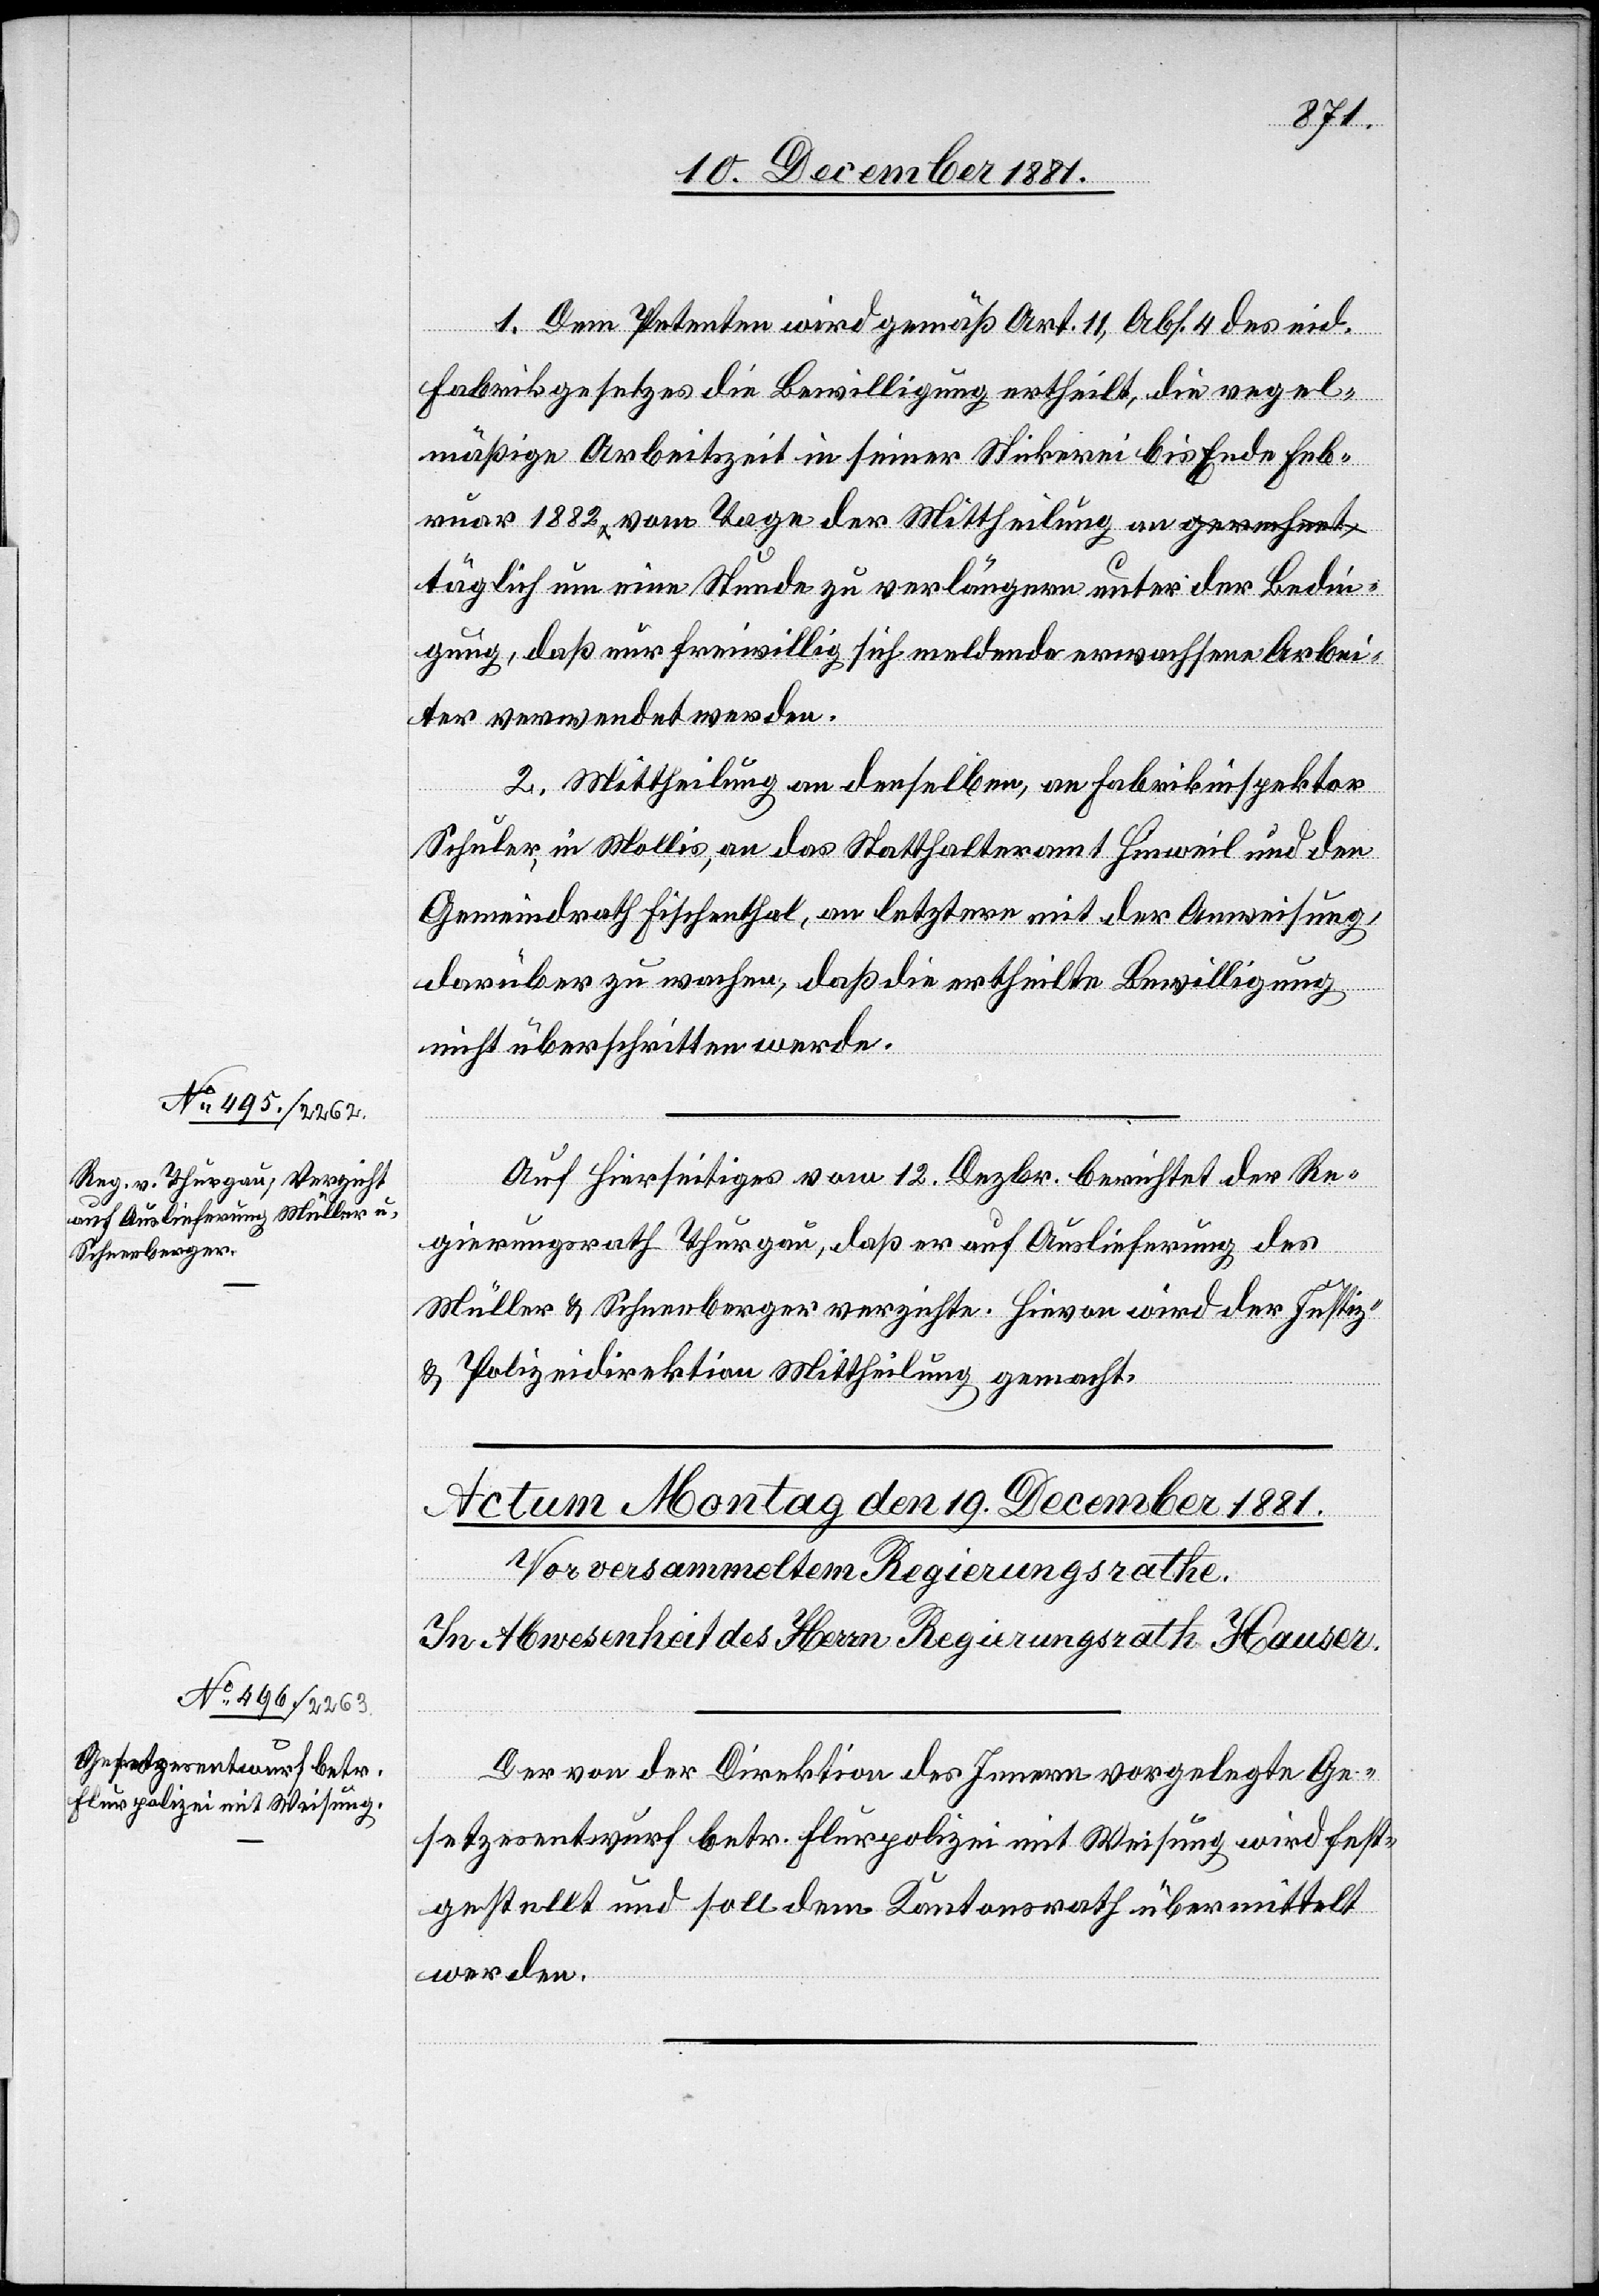
Bedin¬
17. December 1881.]
1. Dem Petenten wird gemäß Art. 11, Abs. 4 des eid.
Fabrikgesetzes die Bewilligung ertheilt, die regel¬
mäßige Arbeitszeit in seiner Strickerei bis Ende Feb¬
ruar 1882, vom Tage der Mittheilung an, täglich um eine
gung, daß nur freiwillig sich meldende erwachsene Arbei¬
ter verwendet werden.
2. Mittheilung an denselben, an Fabrikinspektor
Schuler, in Mollis, an das Statthalteramt Hinweil und an
Gemeindrath Fischenthal, an letztere mit der Anweisung,
darüber zu wachen, daß die ertheilte Bewilligung
nicht überschritten werde.
Auf Hierseitiges vom 12. Dezbr. berichtet der Re¬
gierungsrath Thurgau, daß er auf Auslieferung des
Müller & Schneeberger verzichte. Hievon wird der Justiz-
& Polizeidirektion Mittheilung gemacht.
der
Der von der Direktion des Innern vorgelegte Ge¬
setzesentwurf betr. Flurpolizei mit Weisung wird fest¬
gestellt und soll dem Kantonsrath übermittelt
werden.